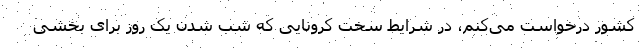
کشور درخواست می‌کنم، در شرایط سخت کرونایی که شب شدن یک روز برای بخشی